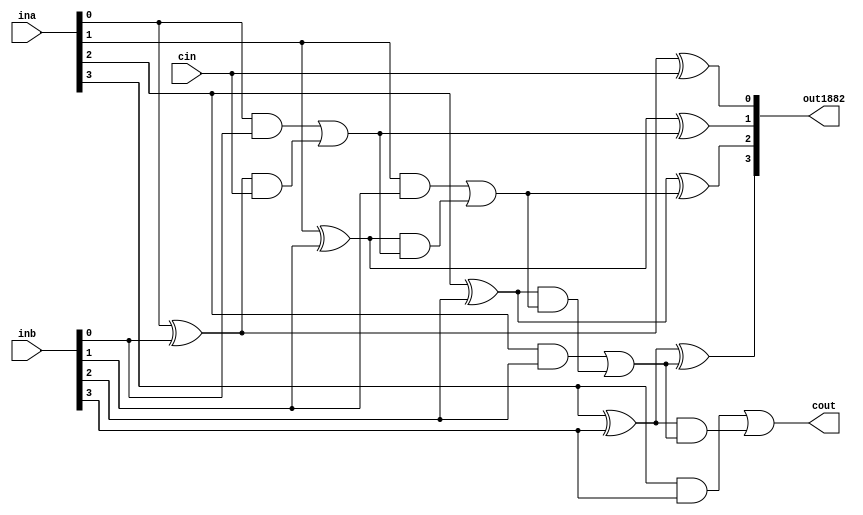
`timescale 1ns/1ns
module cla4bit(input [3:0] ina, inb, input cin, output[3:0] out1882, output cout);
	wire[3:0] G,P,temp;
	wire[2:0] C;
	
	and #(7) a1(G[0], ina[0], inb[0]);
	and #(7) a2(G[1], ina[1], inb[1]);
	and #(7) a3(G[2], ina[2], inb[2]);
	and #(7) a4(G[3], ina[3], inb[3]); // Gi = Ai * Bi
	
	xor #(6) x1(P[0], ina[0], inb[0]);
	xor #(6) x2(P[1], ina[1], inb[1]);
	xor #(6) x3(P[2], ina[2], inb[2]);
	xor #(6)  x4(P[3], ina[3], inb[3]); // Pi = Ai ^ Bi

	and #(7) a5 (temp[0], P[0], cin );
	and #(7) a6 (temp[1], P[1], C[0] );
	and #(7) a7 (temp[2], P[2], C[1] );
	and #(7) a8 (temp[3], P[3], C[2] );
	
	or #(7) o1 (C[0], G[0], temp[0]); //C1
	or #(7) o2 (C[1], G[1], temp[1]); //C2
	or #(7) o3 (C[2], G[2], temp[2]); //C3
	or #(7) o4 (cout, G[3], temp[3]);// C4 = COUT
	//Ci+1 = Gi + (Pi*Ci)
	
	
	
	xor #(6)  x5(out1882[0], P[0], cin);
	xor #(6) x6(out1882[1], P[1], C[0] );
	xor #(6) x7(out1882[2], P[2], C[1] );
	xor #(6) x8(out1882[3], P[3], C[2] ); // Si = Pi^Ci
	
endmodule